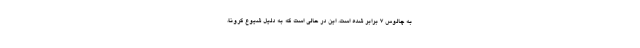
به چالوس ۷ برابر شده است. این در حالی است که به دلیل شیوع کرونا،